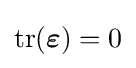
\mathrm {tr} ({\boldsymbol {\varepsilon }})=0